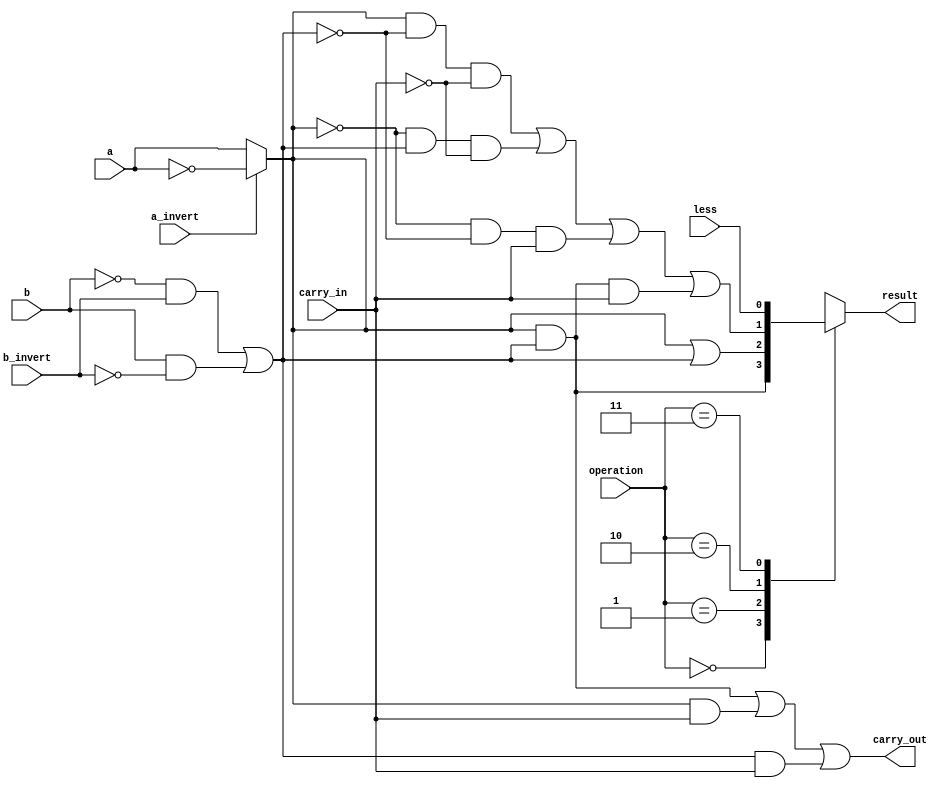
`timescale 1ns / 1ps

module bit_alu (
    input            a,          // 1 bit, a
    input            b,          // 1 bit, b
    input            less,       // 1 bit, Less
    input            a_invert,   // 1 bit, Ainvert
    input            b_invert,   // 1 bit, Binvert
    input            carry_in,   // 1 bit, CarryIn
    input      [1:0] operation,  // 2 bit, Operation
    output reg       result,     // 1 bit, Result (Must it be a reg?)
    output           carry_out   // 1 bit, CarryOut
);

    /* [step 1] invert input on demand */
    wire ai, bi;  // what's the difference between `wire` and `reg` ?
    assign ai = (a_invert == 0) ? a : !a;  // remember `?` operator in C/C++?
    assign bi = (!b & b_invert) | (b & !b_invert);  // you can use logical expression too!

    /* [step 2] implement a 1-bit full adder */
    wire sum;
    assign carry_out = (ai & bi) | (ai & carry_in) | (bi & carry_in);
    assign sum       = (ai & (!bi) & (!carry_in)) | ((!ai) & (bi) & (!carry_in)) | ((!ai) & (!bi) & (carry_in)) | (ai & bi & carry_in);

    /* [step 3] using a mux to assign result */
    always @(*) begin  // `*` auto captures sensitivity ports, now it's combinational logic
        case (operation)  // `case` is similar to `switch` in C
            2'b00:   result <= ai & bi;  // AND
            2'b01:   result <= ai | bi;  // OR
            2'b10:   result <= sum;  // ADD
            2'b11:   result <= less;  // SLT
            default: result <= 0;  // should not happened
        endcase
    end

endmodule